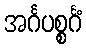
အင်္ဂပစ္စင်္ဂံ